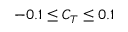
- 0 . 1 \leq C _ { T } \leq 0 . 1